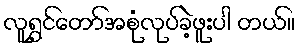
လူရွှင်တော်အစုံလုပ်ခဲ့ဖူးပါ တယ်။